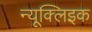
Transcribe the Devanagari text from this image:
न्यूक्‍लिइक